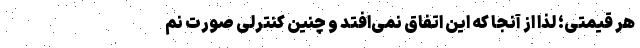
هر قیمتی؛ لذا از آنجا که این اتفاق نمی‌افتد و چنین کنترلی صورت نم